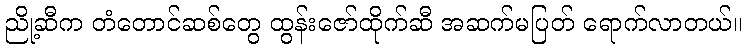
ညို့ဆီက တံတောင်ဆစ်တွေ ထွန်းဇော်ထိုက်ဆီ အဆက်မပြတ် ရောက်လာတယ်။